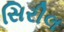
સિરીલ